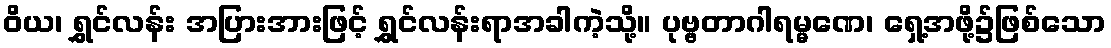
ဝိယ၊ ရွှင်လန်း အပြားအားဖြင့် ရွှင်လန်းရာအခါကဲ့သို့။ ပုဗ္ဗတာဂါရမ္မဏေ၊ ရှေ့အဖို့၌ဖြစ်သော